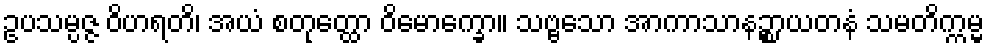
ဥပသမ္ပဇ္ဇ ဝိဟရတိ၊ အယံ စတုတ္ထော ဝိမောက္ခော။ သဗ္ဗသော အာကာသာနဉ္စာယတနံ သမတိက္ကမ္မ